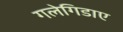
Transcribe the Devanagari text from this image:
गलेगिडाए